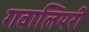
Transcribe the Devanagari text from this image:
गवालियरी